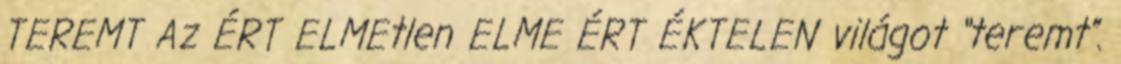
TEREMT Az ÉRT ELMEtlen ELME ÉRT ÉKTELEN világot “teremt”.